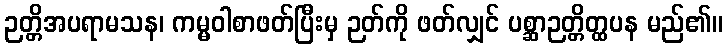
ဉတ္တိအပရာမသန၊ ကမ္မဝါစာဖတ်ပြီးမှ ဉတ်ကို ဖတ်လျှင် ပစ္ဆာဉတ္တိတ္ထပန မည်၏။